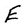
Character: E